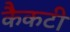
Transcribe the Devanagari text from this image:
कैकटी